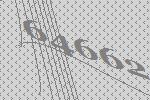
64662